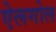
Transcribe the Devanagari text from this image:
ऐलगोल